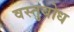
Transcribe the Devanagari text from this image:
वस्तुबोध